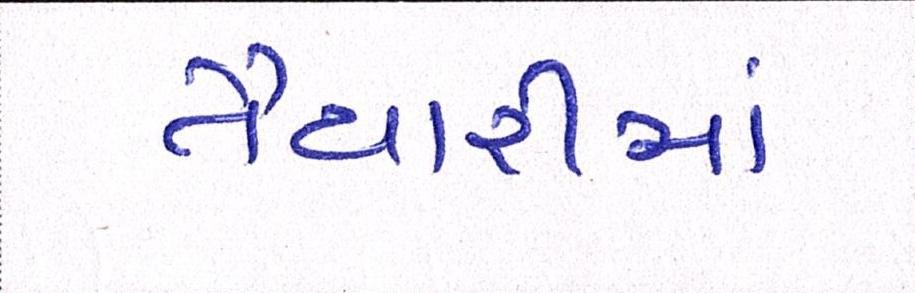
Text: તૈયારીમાં